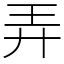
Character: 弄